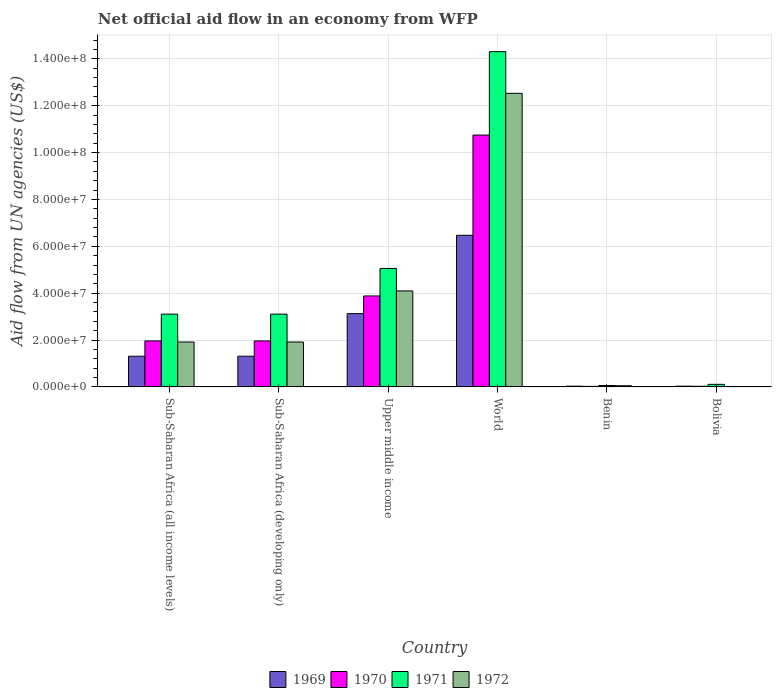
| Country | 1969 | 1970 | 1971 | 1972 |
 | --- | --- | --- | --- | --- |
 | Sub-Saharan Africa (all income levels) | 1.31e+07 | 1.96e+07 | 3.1e+07 | 1.91e+07 |
 | Sub-Saharan Africa (developing only) | 1.31e+07 | 1.96e+07 | 3.1e+07 | 1.91e+07 |
 | Upper middle income | 3.13e+07 | 3.88e+07 | 5.05e+07 | 4.1e+07 |
 | World | 6.47e+07 | 1.07e+08 | 1.43e+08 | 1.25e+08 |
 | Benin | 3e+05 | 2.1e+05 | 5.9e+05 | 4.9e+05 |
 | Bolivia | 3e+05 | 2.5e+05 | 1.08e+06 | -6.3e+05 |